Indian journal of veterinary science and animal husbandry - Volume 7,
Year: 1937
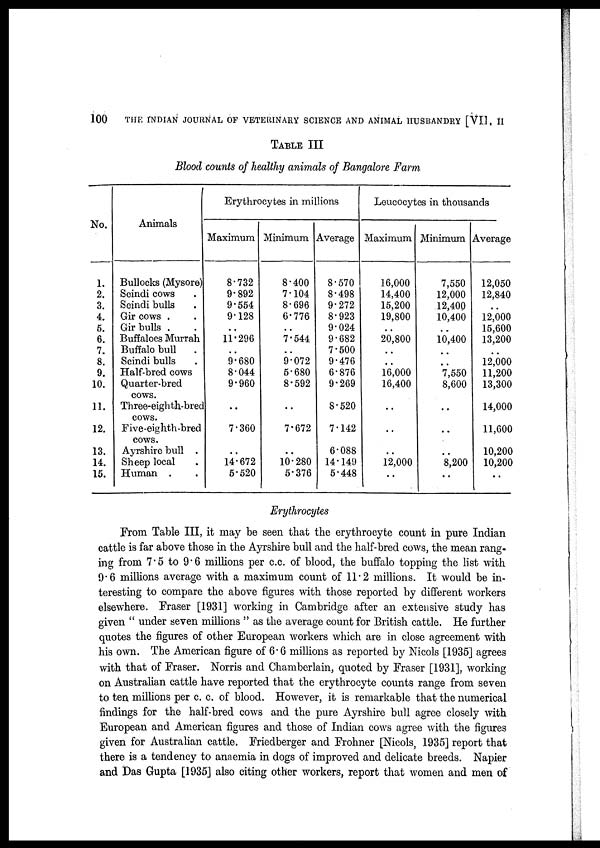
100
THE INDIAN JOURNAL OF VETERINARY SCIENCE AND ANIMAL HUSBANDRY [VII, II
TABLE III
Blood counts of healthy animals of Bangalore Farm
No.
1.
2.
3.
4.
5.
6.
7.
8.
9.
10.
11.
12.
13.
14.
15.
Animals
Bullocks (Mysore)
Scindi cows .
Scindi bulls .
Gir cows . .
Gir bulls . .
Buffaloes Murrah
Buffalo bull .
Scindi bulls .
Half-bred cows
Quarter-bred
cows.
Three-eighth-bred
cows.
Five-eighth -bred
cows.
Ayrshire bull .
Sheep local .
Human . .
Erythrocytes in millions
Maximum
8.732
9.892
9.554
9.128
. .
11.296
. .
9.680
8.044
9.960
. .
7.360
..
14.672
5.520
Minimum
8.400
7.104
8.696
6.776
. .
7.544
. .
9.072
5.680
8.592
. .
7.672
. .
10.280
5.376
Average
8.570
8.498
9.272
8.923
9.024
9.682
7.500
9.476
6.876
9.269
8.520
7.142
6.088
14.149
5.448
Leucocytes in thousands
Maximum
16,000
14,400
15,200
19,800
. .
20,800
. .
. .
16,000
16,400
. .
. .
. .
12,000
. .
Minimum
7,550
12,000
12,400
10,400
. .
10,400
. .
. .
7,550
8,600
. .
. .
. .
8,200
. .
Average
12,050
12,840
. .
12,000
15,600
13,200
. .
12,000
11,200
13,300
14,000
11,600
10,200
10,200
. .
Erythrocytes
From Table III, it may be seen that the erythrocyte count in pure Indian
cattle is far above those in the Ayrshire bull and the half-bred cows, the mean rang-
ing from 7.5 to 9.6 millions per c.c. of blood, the buffalo topping the list with
9.6 millions average with a maximum count of 11.2 millions. It would be in-
teresting to compare the above figures with those reported by different workers
elsewhere. Fraser [1931] working in Cambridge after an extensive study has
given " under seven millions " as the average count for British cattle. He further
quotes the figures of other European workers which are in close agreement with
his own. The American figure of 6.6 millions as reported by Nicols [1935] agrees
with that of Fraser. Norris and Chamberlain, quoted by Fraser [1931], working
on Australian cattle have reported that the erythrocyte counts range from seven
to ten millions per c. c. of blood. However, it is remarkable that the numerical
findings for the half-bred cows and the pure Ayrshire bull agree closely with
European and American figures and those of Indian cows agree with the figures
given for Australian cattle. Friedberger and Frohner [Nicols, 1935] report that
there is a tendency to anaemia in dogs of improved and delicate breeds. Napier
and Das Gupta [1935] also citing other workers, report that women and men of